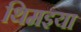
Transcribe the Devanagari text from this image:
थिमइया